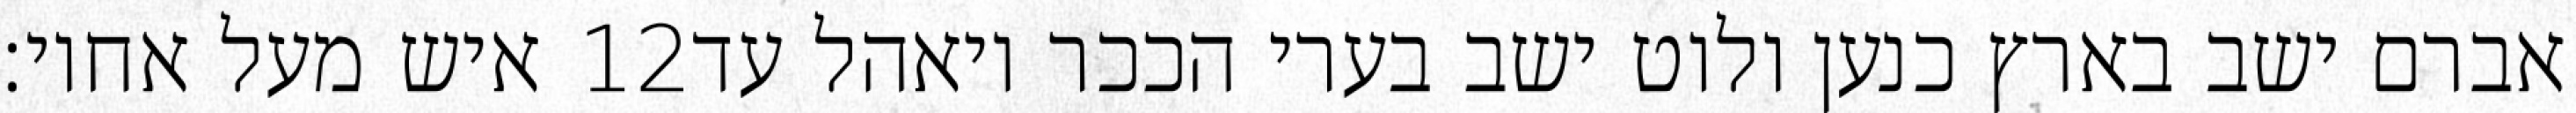
איש מעל אחיו׃ ‎12‏ אברם ישב בארץ כנען ולוט ישב בערי הככר ויאהל עד